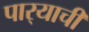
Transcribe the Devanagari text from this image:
पार्‍याची